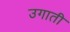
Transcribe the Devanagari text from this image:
उगाती